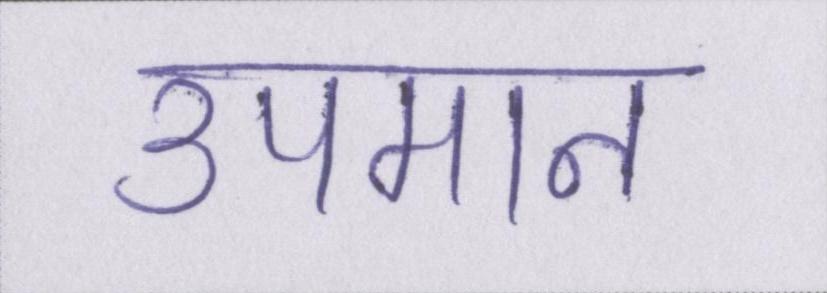
उपमान